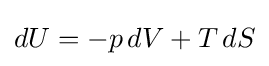
dU=-p\,dV+T\,dS